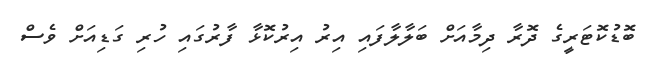
ބޮޑުކޮޓަރީގެ ދޮރާ ދިމާއަށް ބަލާލާފައި އިރު އިރުކޮޅާ ފާރުގައި ހުރި ގަޑިއަށް ވެސް